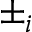
\pm _ { i }